Vaccination North-Western Provinces and Oudh 1896-1901 - 1896-1901
Year: 1896
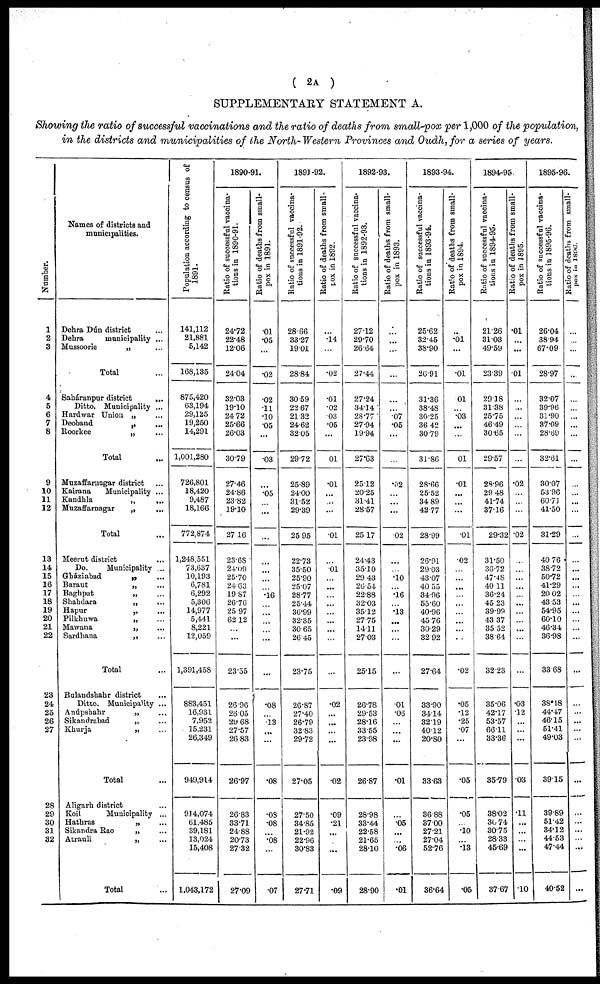
( 2A )
SUPPLEMENTARY STATEMENT A.
Showing the ratio of successful vaccinations and the ratio of deaths from small-pox per 1,000 of the population,
in the districts and municipalities of the North-Western Provinces and Oudh, for a series of years.
Number.
1
2
3
4
5
6
7
8
9
10
11
12
13
14
15
16
17
18
19
20
21
22
23
24
25
26
27
28
29
30
31
32
Names of districts and
municipalities.
Dehra Dún district ...
Dehra
municipality ...
Mussoorie
„ ...
Total ...
Saháranpur district
...
Ditto. Municipality ...
Hardwar Union „ ...
Deoband
„ ...
Roorkee
„ ...
Total ...
Muzaffarnagar district ...
Kairana
Municipality ...
Kandhla
„
...
Muzaffarnagar
„
...
Total ...
Meerut district ...
Do.
Municipality ...
Gháziabad
„ ...
Baraut
„ ...
Baghpat
„ ...
Shahdara
„ ...
Hapur
„ ...
Pilkhuwa
„ ...
Mawana
„ ...
Sardhana
„ ...
Total ...
Bulandshahr district ...
Ditto. Municipality ...
Anúpshahr „ ...
Sikandrabad „ ...
Khurja „ ...
Total ...
Aligarh district ...
Koil Municipality ...
Hathras „ ...
Sikandra Rao „ ...
Atrauli „ ...
Total ...
Population according to census of
1891.
141,112
21,881
5,142
168,135
875,420
63,194
29,125
19,250
14,291
1,001,280
726,801
18,420
9,487
18,166
772,874
1,248,551
73,637
10,193
6,781
6,292
5,306
14,977
5,441
8,221
12,059
1,391,458
883,451
16,931
7,952
15,231
26,349
949,914
914,074
61,485
39,181
13,024
15,408
1,043,172
1890-91.
Ratio of successful vaccina-
tions in 1890-91.
24.72
22.48
12.06
24.04
32.03
19.10
24.72
25.66
26.03
30.79
27.46
24.86
23.82
19.10
27.16
23.68
24.09
25.70
24.63
19.87
26.76
25.97
62.12
...
...
23.55
26.96
26.05
29.68
27.57
26.83
26.97
26.83
33.71
24.88
20.73
27.32
27.09
Ratio of deaths from small-
pox in 1891.
.01
.05
...
.02
.02
.11
.10
.05
...
.03
...
.05
...
...
...
...
...
...
...
.16
...
...
...
...
...
...
.08
...
.13
...
...
.08
.08
.08
...
.08
...
.07
1891-92.
Ratio of successful vaccina-
tions in 1891-92.
28.66
33.27
19.01
28.84
30.59
22.67
21.32
24.62
32.05
29.72
25.89
24.00
31.52
29.39
25.95
22.73
35.50
25.90
25.07
28.77
25.44
36.99
32.35
30.65
26.45
23.75
26.87
27.40
26.79
32.83
29.72
27.05
27.50
34.85
21.92
22.96
30.83
27.71
Ratio of deaths from small-
pox in 1892.
...
.14
...
.02
.01
.02
.03
.05
...
.01
.01
...
...
...
.01
...
.01
...
...
...
...
...
...
...
...
...
.02
...
...
...
...
.02
.09
.21
...
...
.09
1892-93.
Ratio of successful vaccina-
tions in 1892-93.
27.12
29.70
26.64
27.44
27.24
34.14
28.77
27.94
19.94
27.63
25.12
20.25
31.41
28.57
25.17
24.43
35.10
29.43
26.54
22.88
32.03
35.12
27.75
14.11
27.03
25.15
26.78
29.53
28.16
33.55
23.98
26.87
28.98
33.44
22.58
21.65
28.10
28.90
Ratio of deaths from small-
pox in 1893.
...
...
...
...
...
...
.07
.05
...
...
.02
...
...
...
.02
...
...
.10
...
.16
...
.13
...
...
...
...
.01
.06
...
...
...
.01
...
.05
...
...
.06
.01
1893-94.
Ratio of successful vaccina-
tions in 1893-94.
25.62
32.45
38.90
26.91
31.36
38.48
30.25
36.42
30.79
31.86
28.66
25.52
34.89
42.77
28.99
26.91
29.03
43.07
40.55
34.96
55.60
40.96
45.76
30.29
32.92
27.64
33.90
34.14
32.19
40.12
20.80
33.63
36.88
37.00
27.21
27.04
52.76
36.64
Ratio of deaths from small-
pox in 1894.
...
.01
...
.01
.01
...
.03
...
...
.01
.01
...
...
...
.01
.02
...
...
...
...
...
...
...
...
...
.02
.05
.12
.25
.07
...
.05
.05
...
.10
...
.13
.05
1894-95.
Ratio of successful vaccina-
tions in 1894-95.
Ratio of deaths from small-
pox in 1895.
21.26
31.03
49.59
23.39
29.18
31.38
25.75
46.49
30.65
29.57
28.96
29.48
41.74
37.16
29.32
31.50
36.72
47.48
40.11
36.24
45.23
39.99
43.37
35.52
38.64
32.23
35.06
42.17
53.57
66.11
33.36
35.79
38.02
30.74
30.75
28.33
45.69
37.67
.01
...
...
.01
...
...
...
...
...
...
.02
...
...
...
.02
...
...
...
...
...
...
...
...
...
...
...
.03
.12
...
...
...
.03
.11
...
...
...
...
.10
1895-96.
Ratio of successful
tions in 1895-96.
26.04
38.94
67.09
28.97
32.07
39.96
31.90
37.09
28.69
32.61
30.07
53.96
60.71
41.50
31.29
40.76
38.72
50.72
41.29
20.02
43.53
54.95
60.10
46.34
36.98
33.68
38.48
44.47
46.15
51.41
49.03
39.15
39.89
51.42
34.12
44.53
47.44
40.52
-atio of dea
pox in 1896.
...
...
...
...
...
...
...
...
...
...
...
...
...
...
...
...
...
...
...
...
...
...
...
...
...
...
...
...
...
...
...
...
...
...
...
...
...
...